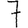
Digit: 7